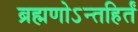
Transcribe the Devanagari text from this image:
ब्रह्मणोऽन्तहिर्तं